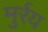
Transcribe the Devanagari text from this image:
मुर्रय